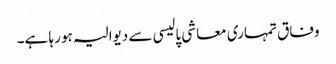
وفاق تمہاری معاشی پالیسی سے دیوالیہ ہو رہا ہے۔